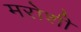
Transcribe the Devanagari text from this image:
मरोशी